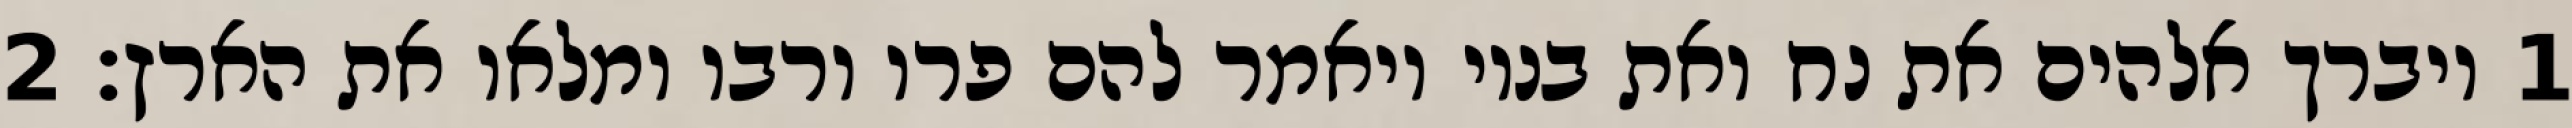
1 ויברך אלהים את נח ואת בניו ויאמר להם פרו ורבו ומלאו את הארץ׃ ‎2‏